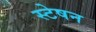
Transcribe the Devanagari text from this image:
स्टेषन